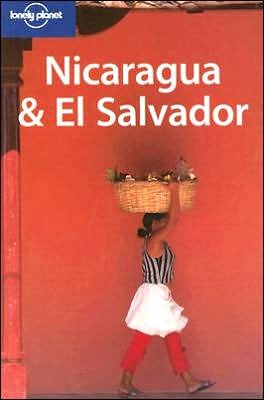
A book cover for Lonely Planet Nicaragua & El Salvador; Paige Penland; Travel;